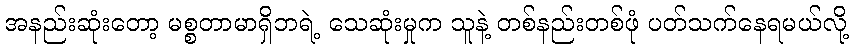
အနည်းဆုံးတော့ မစ္စတာမာရှိဘရဲ့ သေဆုံးမှုက သူနဲ့ တစ်နည်းတစ်ဖုံ ပတ်သက်နေရမယ်လို့